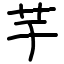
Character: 芋